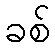
ခစ်